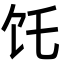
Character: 饦